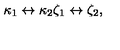
\kappa _ { 1 } \leftrightarrow \kappa _ { 2 } \zeta _ { 1 } \leftrightarrow \zeta _ { 2 } ,